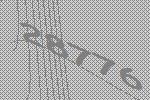
28776